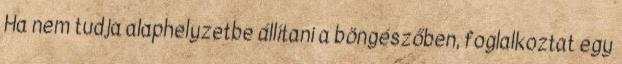
Ha nem tudja alaphelyzetbe állítani a böngészőben, foglalkoztat egy